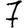
Digit: 7